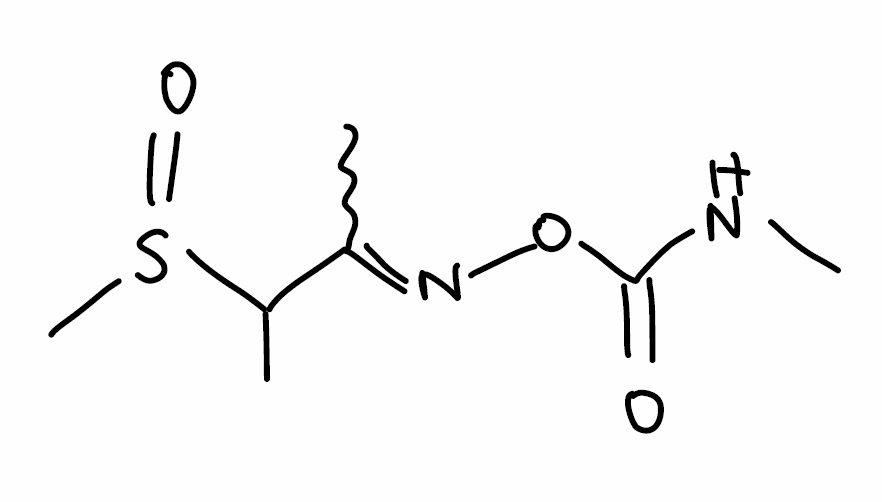
Simplified molecular-input line-entry system (SMILES) notation of the given molecule:
CC(C(=NOC(=O)NC)C)S(=O)C